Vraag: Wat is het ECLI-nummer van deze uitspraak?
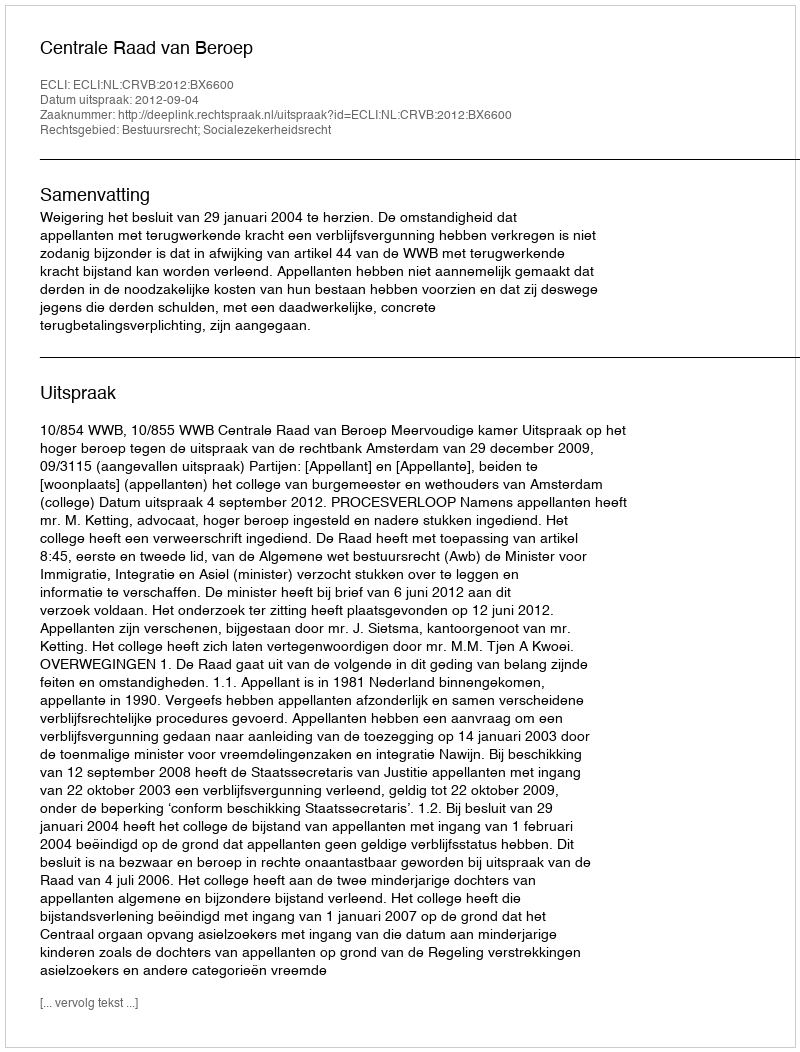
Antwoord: ECLI:NL:CRVB:2012:BX6600